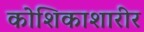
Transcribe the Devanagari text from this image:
कोशिकाशारीर